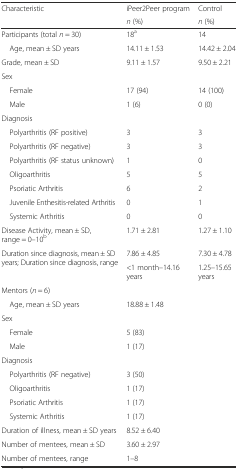
<table><thead><tr><td rowspan="2"><b>Characteristic</b></td><td><b>iPeer2Peer program</b></td><td><b>Control</b></td></tr><tr><td><b><i>n</i> (%)</b></td><td><b><i>n</i> (%)</b></td></tr></thead><tbody><tr><td>Participants (total <i>n</i> = 30)</td><td>18<sup>a</sup></td><td>14</td></tr><tr><td> Age, mean ± SD years</td><td>14.11 ± 1.53</td><td>14.42 ± 2.04</td></tr><tr><td>Grade, mean ± SD</td><td>9.11 ± 1.57</td><td>9.50 ± 2.21</td></tr><tr><td colspan="3">Sex</td></tr><tr><td> Female</td><td>17 (94)</td><td>14 (100)</td></tr><tr><td> Male</td><td>1 (6)</td><td>0 (0)</td></tr><tr><td colspan="3">Diagnosis</td></tr><tr><td> Polyarthritis (RF positive)</td><td>3</td><td>3</td></tr><tr><td> Polyarthritis (RF negative)</td><td>3</td><td>3</td></tr><tr><td> Polyarthritis (RF status unknown)</td><td>1</td><td>0</td></tr><tr><td> Oligoarthritis</td><td>5</td><td>5</td></tr><tr><td> Psoriatic Arthritis</td><td>6</td><td>2</td></tr><tr><td> Juvenile Enthesitis-related Arthritis</td><td>0</td><td>1</td></tr><tr><td> Systemic Arthritis</td><td>0</td><td>0</td></tr><tr><td>Disease Activity, mean ± SD, range = 0–10<sup>b</sup></td><td>1.71 ± 2.81</td><td>1.27 ± 1.10</td></tr><tr><td rowspan="2">Duration since diagnosis, mean ± SD years; Duration since diagnosis, range</td><td>7.86 ± 4.85</td><td>7.30 ± 4.78</td></tr><tr><td>&lt;1 month–14.16 years</td><td>1.25–15.65 years</td></tr><tr><td colspan="2">Mentors (<i>n</i> = 6)</td><td></td></tr><tr><td> Age, mean ± SD years</td><td>18.88 ± 1.48</td><td></td></tr><tr><td colspan="3">Sex</td></tr><tr><td> Female</td><td>5 (83)</td><td></td></tr><tr><td> Male</td><td>1 (17)</td><td></td></tr><tr><td colspan="3">Diagnosis</td></tr><tr><td> Polyarthritis (RF negative)</td><td>3 (50)</td><td></td></tr><tr><td> Oligoarthritis</td><td>1 (17)</td><td></td></tr><tr><td> Psoriatic Arthritis</td><td>1 (17)</td><td></td></tr><tr><td> Systemic Arthritis</td><td>1 (17)</td><td></td></tr><tr><td>Duration of illness, mean ± SD years</td><td>8.52 ± 6.40</td><td></td></tr><tr><td>Number of mentees, mean ± SD</td><td>3.60 ± 2.97</td><td></td></tr><tr><td>Number of mentees, range</td><td>1–8</td><td></td></tr></tbody></table>